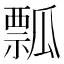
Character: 瓢